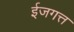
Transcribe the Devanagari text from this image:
ईजगत्त